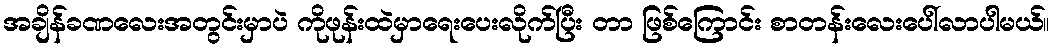
အချိန်ခဏလေးအတွင်းမှာပဲ ကိုဖုန်းထဲမှာရေးပေးလိုက်ပြီး တာ ဖြစ်ကြောင်း စာတန်းလေးပေါ်လာပါမယ်။